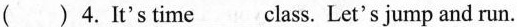
()4. It's time ___class.Let's jump and run.